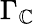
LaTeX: \Gamma_{\mathbb{C}}